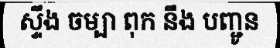
ស្ទឹង ចម្បា ពុក នឹង បញ្ជូន